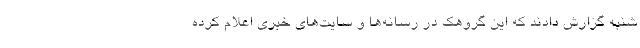
شنبه گزارش دادند که این گروهک در رسانه‌ها و سایت‌های خبری اعلام کرده